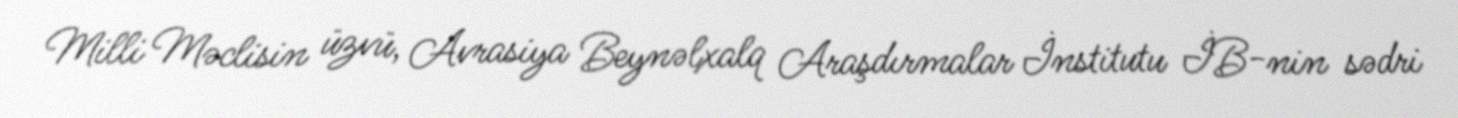
Milli Məclisin üzvü, Avrasiya Beynəlxalq Araşdırmalar İnstitutu İB-nin sədri